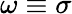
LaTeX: \omega\equiv\sigma